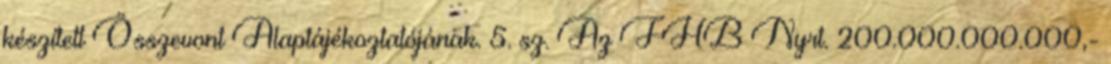
készített Összevont Alaptájékoztatójának. 5. sz. Az FHB Nyrt. 200.000.000.000,-